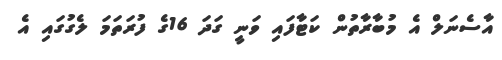
އާސެނަލް އެ މުބާރާތުން ކަޓާފައި ވަނީ ގަދަ 16ގެ ފުރަތަމަ ލެގުގައި އެ